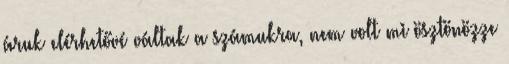
áruk elérhetővé váltak a számukra, nem volt mi ösztönözze